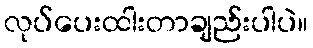
လုပ်ပေးထါးတာချည်းပါပဲ။